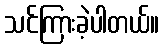
သင်ကြားခဲ့ပါတယ်။